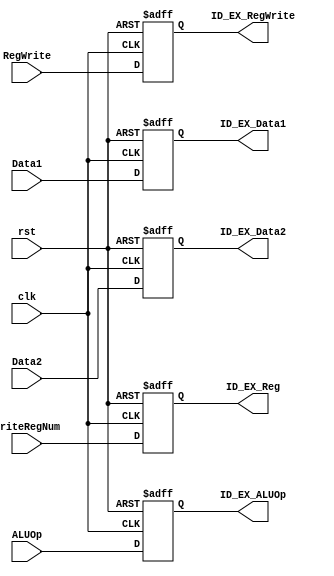
`timescale 1ns / 1ps
//////////////////////////////////////////////////////////////////////////////////
// Company: 
// Engineer: 
// 
// Design Name: 
// Module Name:    id_ex 
// Project Name: 
// Target Devices: 
// Tool versions: 
// Description: 
//
// Dependencies: 
//
// Revision: 
// Revision 0.01 - File Created
// Additional Comments: 
//
//////////////////////////////////////////////////////////////////////////////////
module id_ex(
    input clk,
    input rst,
    input RegWrite,
    input ALUOp,
    input [7:0] Data1,
    input [7:0] Data2,
    input [2:0] WriteRegNum,
    output reg ID_EX_RegWrite,
    output reg ID_EX_ALUOp,
    output reg [7:0] ID_EX_Data1,
    output reg [7:0] ID_EX_Data2,
    output reg [2:0] ID_EX_Reg
    );
    
    always @(posedge clk, negedge rst) 
	 begin
        if (rst == 0) begin
            ID_EX_RegWrite <= 0;
            ID_EX_ALUOp <= 0;
            ID_EX_Data1 <= 0;
            ID_EX_Data2 <= 0;
            ID_EX_Reg <= 0;
        end
        else begin
            ID_EX_RegWrite <= RegWrite;
            ID_EX_ALUOp <= ALUOp;
            ID_EX_Data1 <= Data1;
            ID_EX_Data2 <= Data2;
            ID_EX_Reg <= WriteRegNum;
        end
    end
	 
endmodule